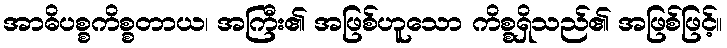
အာဓိပစ္စကိစ္စတာယ၊ အကြီး၏ အဖြစ်ဟူသော ကိစ္စရှိသည်၏ အဖြစ်ဖြင့်။